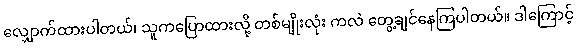
လျှောက်ထားပါတယ်၊ သူကပြောထားလို့ တစ်မျိုးလုံး ကလဲ တွေ့ချင်နေကြပါတယ်။ ဒါကြောင့်